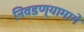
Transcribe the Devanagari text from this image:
निवडण्यामागे